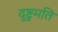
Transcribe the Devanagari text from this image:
दृष्टुमति